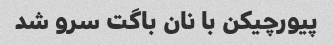
پیورچیکن با نان باگت سرو شد